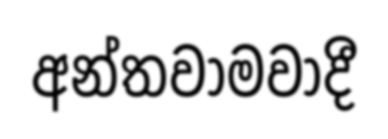
අන්තවාමවාදී